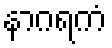
နာဂရကံ